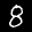
Label: 8